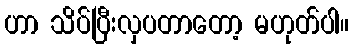
ဟာ သိပ်ပြီးလှပတာတော့ မဟုတ်ပါ။